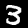
Label: 3